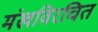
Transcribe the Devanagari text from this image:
मंखविरचित